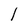
Character: l